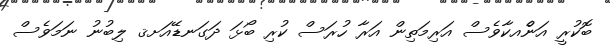
ބޮކުރީ އަނެްއކާވެސް އަރިމަތިން އަރާ ހުރަސް ކުރި ބޯޅަ ދަގަނޑޭއަށޤ ލިބުނު ނަމަވެސް